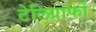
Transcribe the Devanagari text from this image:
टेलिग्राफों